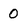
Character: 0